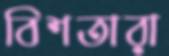
বিশতারা